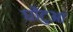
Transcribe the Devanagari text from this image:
घोंटुआ